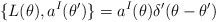
\begin{align*}\{L(\theta),a^I(\theta')\}=a^I(\theta)\delta'(\theta-\theta')\end{align*}